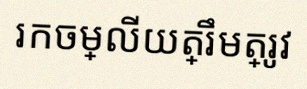
រកចម្លើយត្រឹមត្រូវ